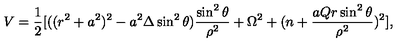
V = \frac { 1 } { 2 } [ ( ( r ^ { 2 } + a ^ { 2 } ) ^ { 2 } - a ^ { 2 } \Delta \sin ^ { 2 } \theta ) \frac { \sin ^ { 2 } \theta } { \rho ^ { 2 } } + \Omega ^ { 2 } + ( n + \frac { a Q r \sin ^ { 2 } \theta } { \rho ^ { 2 } } ) ^ { 2 } ] ,